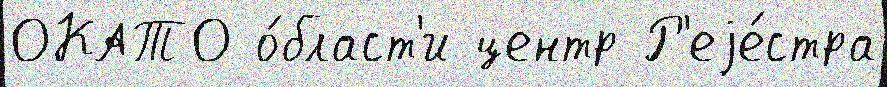
ОКАТО о́бласт'и центр Р'еjе́стра